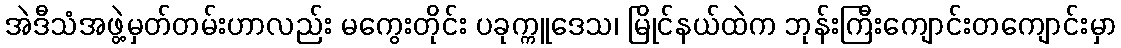
အဲဒီသံအဖွဲ့မှတ်တမ်းဟာလည်း မကွေးတိုင်း ပခုက္ကူဒေသ၊ မြိုင်နယ်ထဲက ဘုန်းကြီးကျောင်းတကျောင်းမှာ